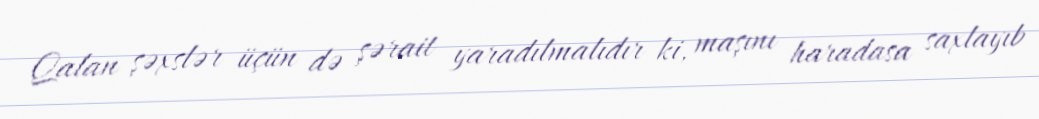
Qalan şəxslər üçün də şərait yaradılmalıdır ki, maşını haradasa saxlayıb